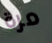
مرة